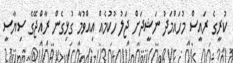
ކުރީގެ ރައީސް މުހައްމަދު ނަޝީދަށް ޖަލު ހުކުމެއް އިއްވުމާ ގުޅިގެން ރާއްޖޭގެ ސިޔާސީ